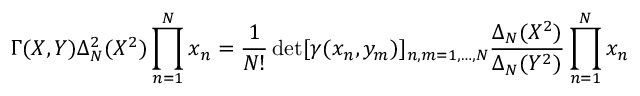
\Gamma ( X , Y ) \Delta _ { N } ^ { 2 } ( X ^ { 2 } ) \prod _ { n = 1 } ^ { N } x _ { n } = \frac { 1 } { N ! } \operatorname * { d e t } [ \gamma ( x _ { n } , y _ { m } ) ] _ { n , m = 1 , \ldots , N } \frac { \Delta _ { N } ( X ^ { 2 } ) } { \Delta _ { N } ( Y ^ { 2 } ) } \prod _ { n = 1 } ^ { N } x _ { n }